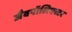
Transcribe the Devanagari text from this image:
जैवपॉलिएस्टर